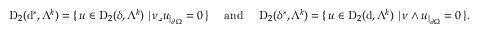
\begin{array} { r } { \mathrm { D } _ { 2 } ( \mathrm { d } ^ { \ast } , \Lambda ^ { k } ) = \{ \, u \in \mathrm { D } _ { 2 } ( { \delta } , \Lambda ^ { k } ) \, \, | \, \nu \lrcorner u _ { | _ { \partial \Omega } } = 0 \, \} \quad \mathrm { ~ a n d ~ } \quad \mathrm { D } _ { 2 } ( { \delta } ^ { \ast } , \Lambda ^ { k } ) = \{ \, u \in \mathrm { D } _ { 2 } ( \mathrm { d } , \Lambda ^ { k } ) \, \, | \, \nu \wedge u _ { | _ { \partial \Omega } } = 0 \, \} \mathrm { . ~ } } \end{array}